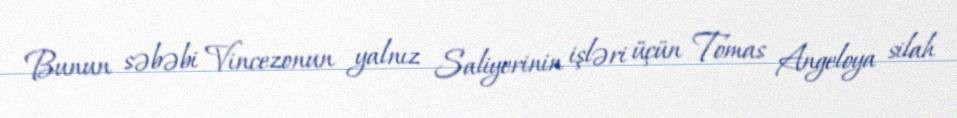
Bunun səbəbi Vincezonun yalnız Saliyerinin işləri üçün Tomas Angeloya silah